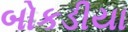
બોકડીયા